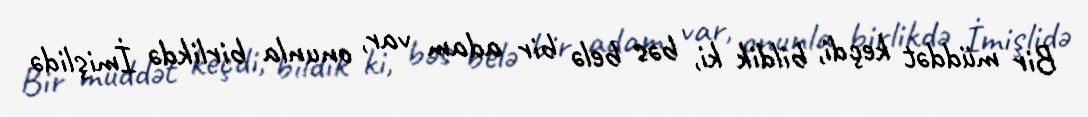
Bir müddət keçdi, bildik ki, bəs belə bir adam var, onunla birlikdə İmişlidə